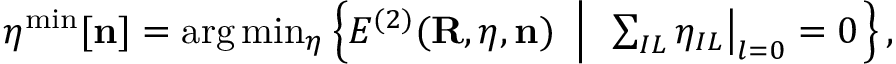
\begin{array} { r } { { \boldsymbol \eta } ^ { \mathrm { m i n } } [ { \bf n } ] = \arg \operatorname* { m i n } _ { { \boldsymbol \eta } } \left\{ { \cal E } ^ { ( 2 ) } ( { \bf R } , { \boldsymbol \eta } , { \bf n } ) ~ \left\vert ~ \ \sum _ { I L } \eta _ { I L } \big \vert _ { l = 0 } = 0 \right. \right\} , } \end{array}